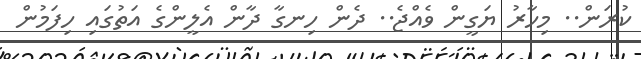
ކުރަން.. މިހާރު ޔަގީން ވެއްޖެ.. ދެން ހިނގާ ދާން އެލީންގެ އަތުގައި ހިފަމުން